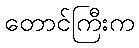
တောင်ကြီးက